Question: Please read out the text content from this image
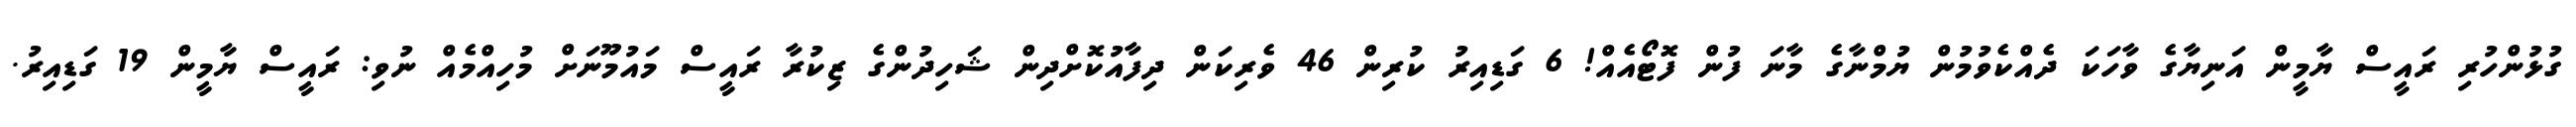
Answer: ގުޅުންހުރި ރައީސް ޔާމީން އަނިޔާގެ ވާހަކަ ދެއްކެވުމުން ޔުމްނާގެ މާނަ ފުން ފޮޓޯއެއް! 6 ގަޑިއިރު ކުރިން 46 ވެރިކަން ދިފާއުކޮށްދިން ޝަހިދުންގެ ޒިކުރާ ރައީސް މައުމޫނަށް މުހިއްމެއް ނުވި: ރައީސް ޔާމީން 19 ގަޑިއިރު.